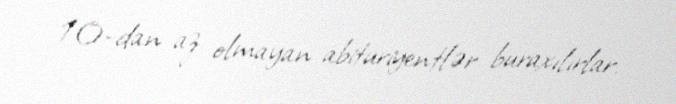
10-dan az olmayan abituriyentlər buraxılırlar.